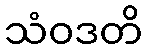
သံဝဒတိ